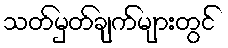
သတ်မှတ်ချက်များတွင်